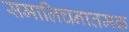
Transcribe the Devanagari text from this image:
समालिचनातमक